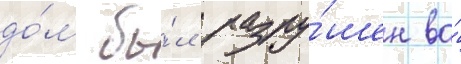
до́м бы́л разру́шен во́